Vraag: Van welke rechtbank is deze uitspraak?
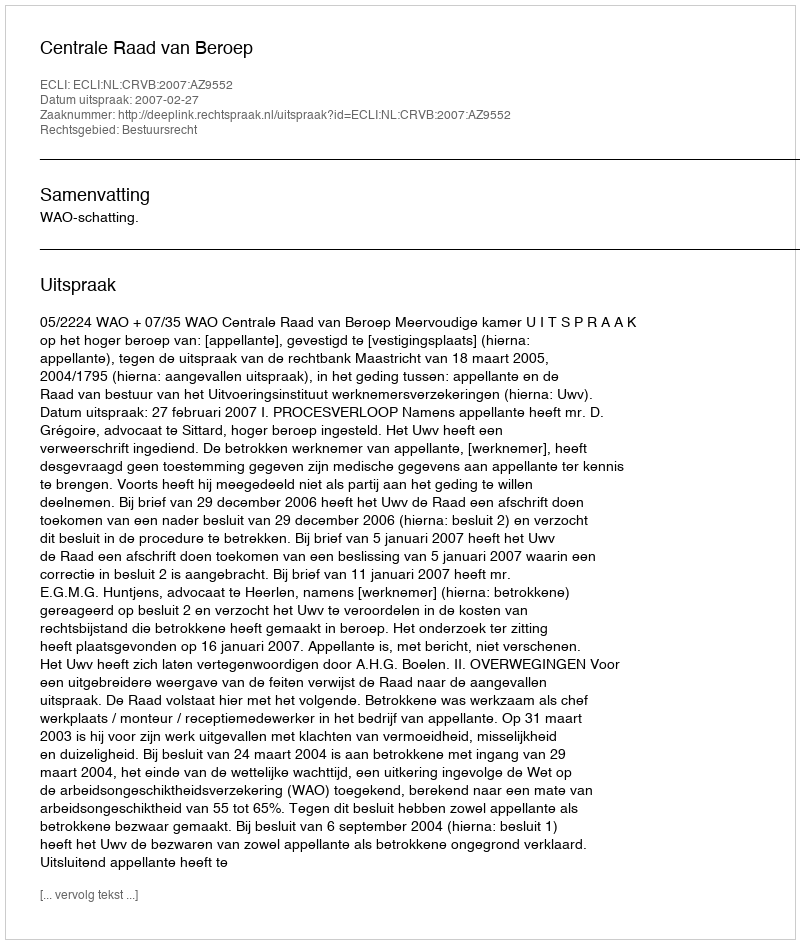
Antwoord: Centrale Raad van Beroep